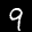
Label: 9